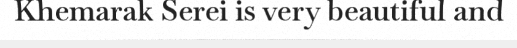
Khemarak Serei is very beautiful and